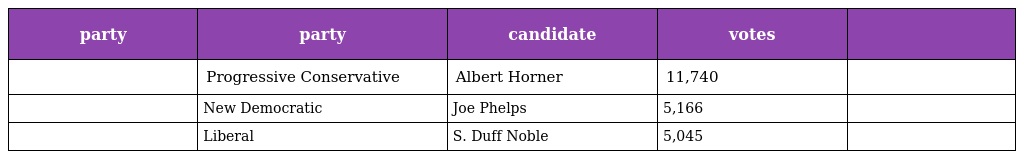
| party | party | candidate | votes |  |
 | --- | --- | --- | --- | --- |
 |  | Progressive Conservative | Albert Horner | 11,740 |  |
 |  | New Democratic | Joe Phelps | 5,166 |  |
 |  | Liberal | S. Duff Noble | 5,045 |  |